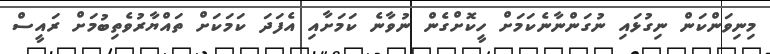
މިނިވަންކަން ނިގުޅައި ނުގަންނާނެކަމަށް ހީކޮށްގެން ނުވާނެ ކަމަށާއި އެފަދަ ކަމަކަށް ތައްޔާރުވެތިބުމަށް ރައީސް